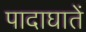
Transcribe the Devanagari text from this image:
पादाघातें